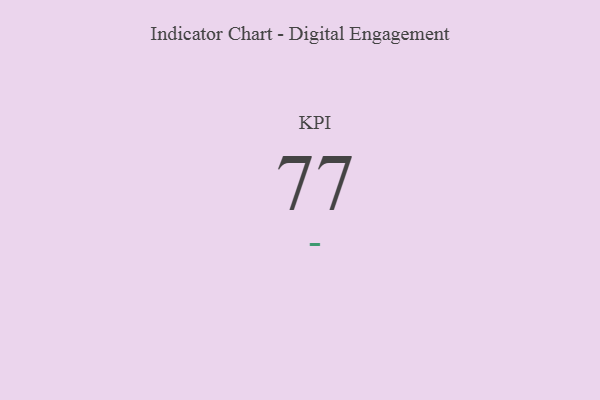
{"axis": {"x": "KPI", "y": "Value"}, "legend": [""], "data": [{"x": "KPI", "y": 77, "type": ""}]}